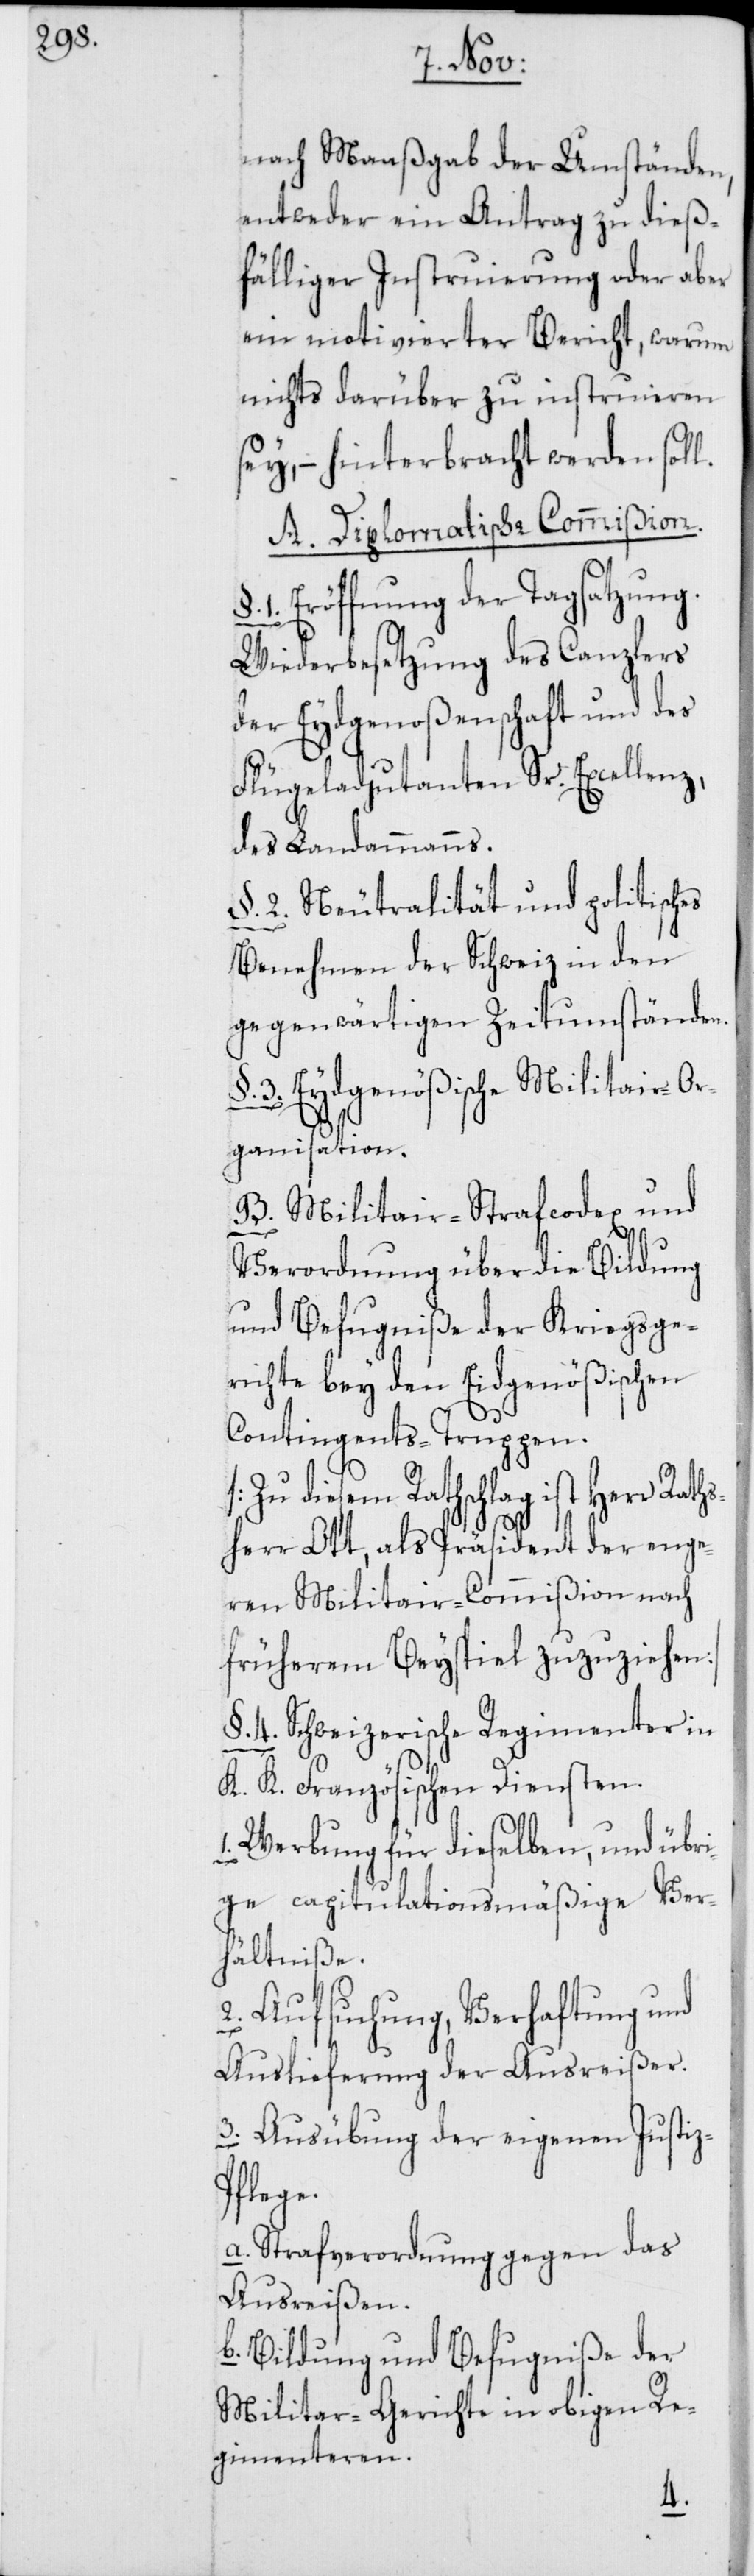
nach Maaßgab der Umständen,
entweder ein Antrag zu dieß¬
fälliger Instruierung oder aber
ein motivierter Bericht, warum
nichts darüber zu instruieren
sey, – hinterbracht werden soll.
A. Diplomatische Commißion.
1. Eröffnung der Tagsatzung.
Wiederbesetzung des Canzlers
der Eydsgenoßenschaft und des
Flügeladjutanten Sr. Excellenz,
des Landammanns.
§. 2. Neutralität und politisches
Benehmen der Schweiz in den
gegenwärtigen Zeitumständen.
§. 3. Eydgenößische Militair-Or¬
ganisation.
B. Militair-Strafcodex und
Verordnung über die Bildung
und Befugniße der Kriegsge¬
richte bey den Eydgenößischen
Contingents-Truppen.
[Zu diesem Rathschlag ist
herr Ott, als Präsident der enge¬
ren Militair-Commißion nach
früherem Beyspiel zuzuziehen]
§. 4. Schweizerische Regimente in
K. K. Französischen Diensten.
1. Werbung für dieselben, und übri¬
ge capitulationsmäßige Ver¬
hältniße.
2. Aufsuchung, Verhaftung und
Auslieferung der Ausreißer.
3. Ausübung der eigenen Justi¬
z-Pflege.
a. Strafverordnung gegen das
Ausreißen,
b. Bildung und Befugniße der
Militar-Gerichte in obigen Re¬
gimenteren.